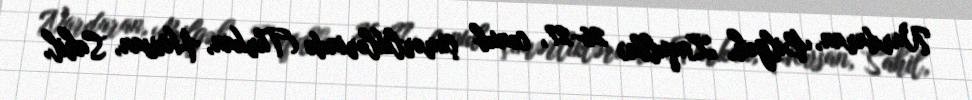
Nardaran, Bilgəh, Zaqulba) 26-27, cənub çimərliklərində (Türkan, Hövsan, Sahil,